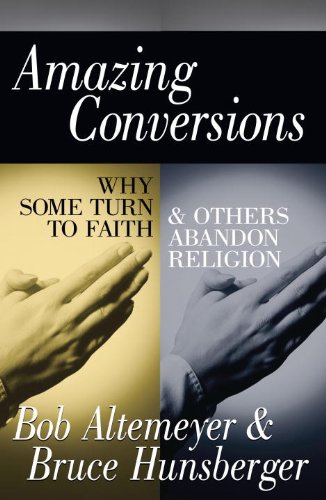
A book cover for Amazing Conversions: Why Some Turn to Faith & Others Abandon Religion; Bob Altemeyer; Religion & Spirituality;